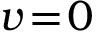
v \! = \! 0